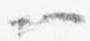
一